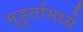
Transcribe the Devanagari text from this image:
मुहूर्तामध्ये